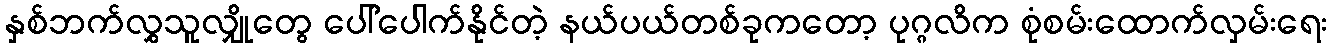
နှစ်ဘက်လွှသူလျှိုတွေ ပေါ်ပေါက်နိုင်တဲ့ နယ်ပယ်တစ်ခုကတော့ ပုဂ္ဂလိက စုံစမ်းထောက်လှမ်းရေး